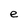
Character: e